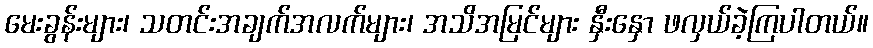
မေးခွန်းများ၊ သတင်းအချက်အလက်များ၊ အသိအမြင်များ နှီးနှော ဖလှယ်ခဲ့ကြပါတယ်။